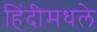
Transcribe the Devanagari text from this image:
हिंदीमधले